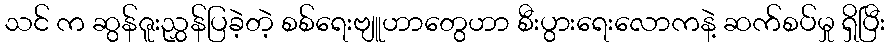
သင် က ဆွန်ဇူးညွှန်ပြခဲ့တဲ့ စစ်ရေးဗျူဟာတွေဟာ စီးပွားရေးလောကနဲ့ ဆက်စပ်မှု ရှိပြီး